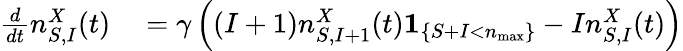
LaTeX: \begin{array}{rl}{\frac{d}{dt}n_{S,I}^{X}(t)}&{{}=\gamma\left((I+1)n_{S,I+1}^{X}(t)\mathbf{1}_{\left\{ S+I<n_{\operatorname*{max}}\right\} }-In_{S,I}^{X}(t)\right)}\end{array}